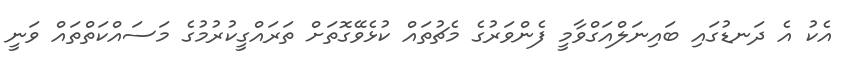
އެކު އެ ދަނޑުގައި ބައިނަލްއަގްވާމީ ފެންވަރުގެ މެޗުތައް ކުޅެވޭގޮތަށް ތަރައްގީކުރުމުގެ މަސައްކަތްތައް ވަނީ